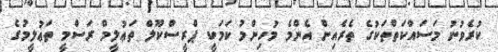
ކުރެވުނު މަސައްކަތްތަކުގެ ތެރެއިން އެންމެ މުހިންމު ކަމަކީ ޕްރީސްކޫލް ތަޢުލީމް ރަސްމީ ތަޢުލީމުގެ